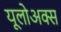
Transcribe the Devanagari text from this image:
यूलोअक्स